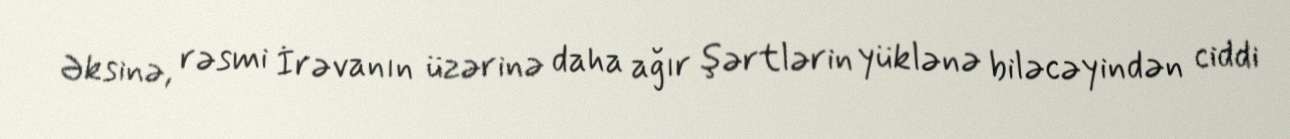
Əksinə, rəsmi İrəvanın üzərinə daha ağır şərtlərin yüklənə biləcəyindən ciddi